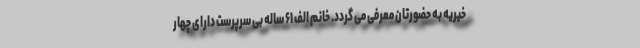
خیریه به حضورتان معرفی می گردد. خانم الف ۶۱ ساله بی سرپرست دارای چهار